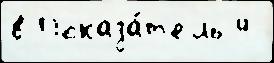
в Показа́т'ель 4